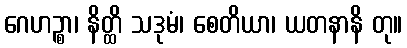
ဂေဟဉ္စာ၊ နိတ္ထိ သဒုမံ၊ စေတိယာ၊ ယတနာနိ တု။